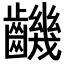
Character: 𪙧